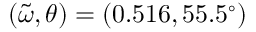
( \tilde { \omega } , \theta ) = ( 0 . 5 1 6 , 5 5 . 5 ^ { \circ } )